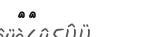
٤٨